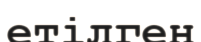
етілген